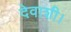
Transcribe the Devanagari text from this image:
देवाशी।